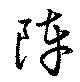
陣